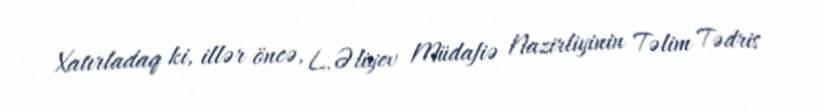
Xatırladaq ki, illər öncə, L.Əliyev Müdafiə Nazirliyinin Təlim Tədris